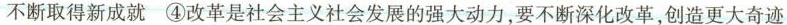
不断取得新成就 ④改革是社会主义社会发展的强大动力，要不断深化改革，创造更大奇迹